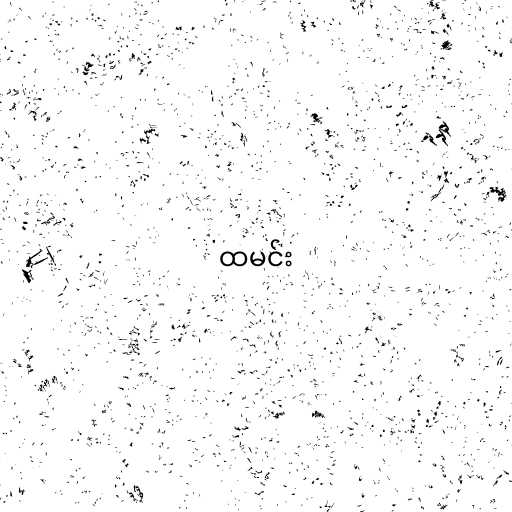
ထမင်း